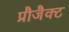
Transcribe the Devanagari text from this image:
प्रौजैक्ट